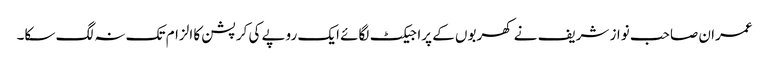
عمران صاحب نواز شریف نے کھربوں کے پراجیکٹ لگائے ایک روپے کی کرپشن کا الزام تک نہ لگ سکا۔